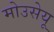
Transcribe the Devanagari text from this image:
मोउसेयू